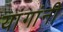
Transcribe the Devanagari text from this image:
यांगांनी